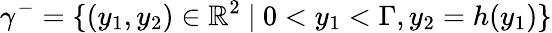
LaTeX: \gamma^{-}=\lbrace(y_{1},y_{2})\in\mathbb{R}^{2}\ \vert\ 0<y_{1}<\Gamma,y_{2}=h(y_{1})\rbrace